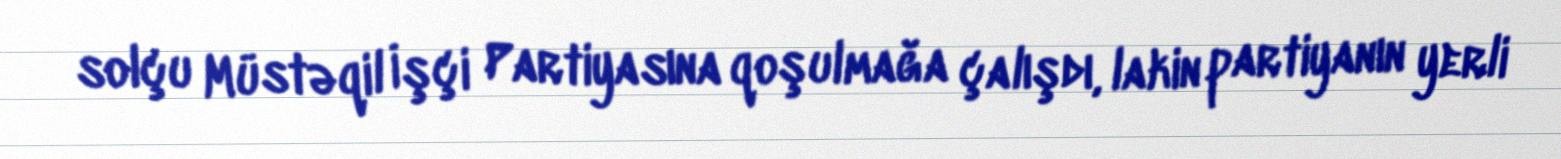
solçu Müstəqil İşçi Partiyasına qoşulmağa çalışdı, lakin partiyanın yerli